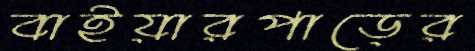
বাইয়ারপাড়ের